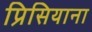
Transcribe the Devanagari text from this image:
प्रिसियाना